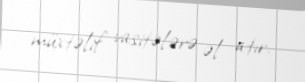
müxtəlif vasitələrə əl atır.